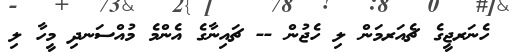
ހެނަރޖީގެ ޗެއަރމަން ލި ހެޖުން -- ޗައިނާގެ އެންމެ މުއްސަނދި މީހާ ލި